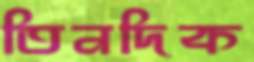
তিনদিক